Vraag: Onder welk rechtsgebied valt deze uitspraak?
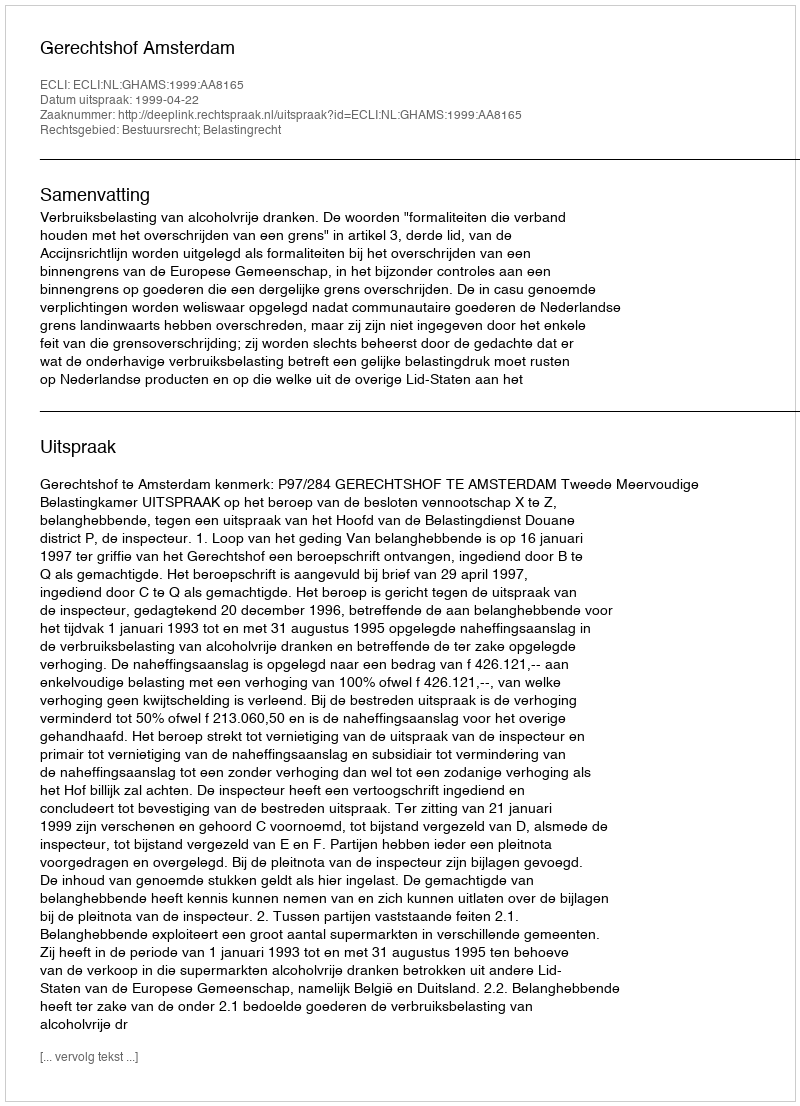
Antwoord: Bestuursrecht; Belastingrecht